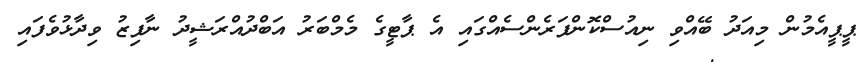
ޕީޕީއެމުން މިއަދު ބޭއްވި ނިއުސްކޮންފަރެންސެއްގައި އެ ޕާޓީގެ މެމްބަރު އަބްދުއްރަޝީދު ނާފިޒު ވިދާޅުވެފައި